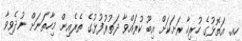
ހއ. އަތޮޅުގެ ހުރިހާ ރަށަކަށް އިބޫ ކުރައްވާ ދަތުރުފުޅުގެ ތެރެއިން މިހާތަނަށް ނުދެވިވާ